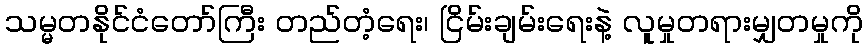
သမ္မတနိုင်ငံတော်ကြီး တည်တံ့ရေး၊ ငြိမ်းချမ်းရေးနဲ့ လူမှုတရားမျှတမှုကို